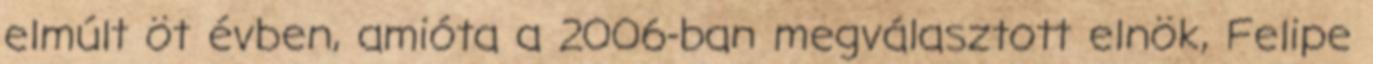
elmúlt öt évben, amióta a 2006-ban megválasztott elnök, Felipe